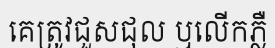
គេត្រូវជួសជុល ឬលើកភ្លឺ